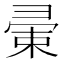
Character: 𢑤